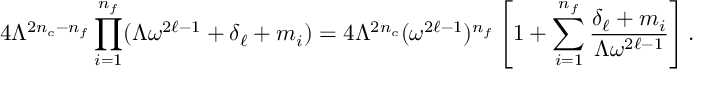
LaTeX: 4 \Lambda ^ { 2 n _ { c } - n _ { f } } \prod _ { i = 1 } ^ { n _ { f } } ( \Lambda \omega ^ { 2 \ell - 1 } + \delta _ { \ell } + m _ { i } ) = 4 \Lambda ^ { 2 n _ { c } } ( \omega ^ { 2 \ell - 1 } ) ^ { n _ { f } } \left[ 1 + \sum _ { i = 1 } ^ { n _ { f } } \frac { \delta _ { \ell } + m _ { i } } { \Lambda \omega ^ { 2 \ell - 1 } } \right] .